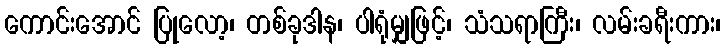
ကောင်းအောင် ပြုလော့၊ တစ်ခုဒါန၊ ပါရုံမျှဖြင့်၊ သံသရာကြီး၊ လမ်းခရီးကား၊